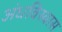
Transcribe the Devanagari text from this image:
अंधविस्वास